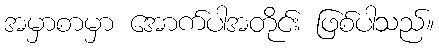
အမှာစာမှာ အောက်ပါအတိုင်း ဖြစ်ပါသည်။